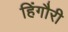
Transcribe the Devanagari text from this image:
हिंगौरी